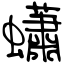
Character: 蠨